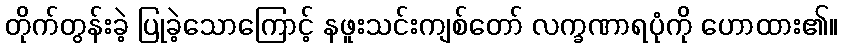
တိုက်တွန်းခဲ့ ပြုခဲ့သောကြောင့် နဖူးသင်းကျစ်တော် လက္ခဏာရပုံကို ဟောထား၏။